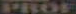
PROF